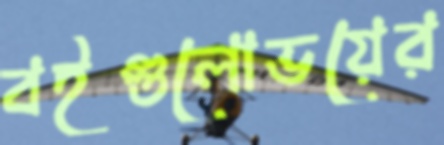
বইগুলোভয়ের